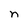
Character: n